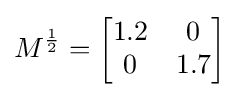
M^{\frac {1}{2}}={\begin{bmatrix}1.2&0\\0&1.7\end{bmatrix}}